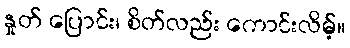
နှုတ် ပြောင်း၊ စိတ်လည်း ကောင်းလိမ့်။